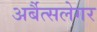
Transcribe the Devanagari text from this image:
अर्बैत्सलेगर